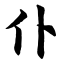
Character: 仆